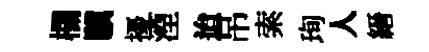
欄驥擾湮迨吊索珣人縉